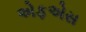
એફએસ